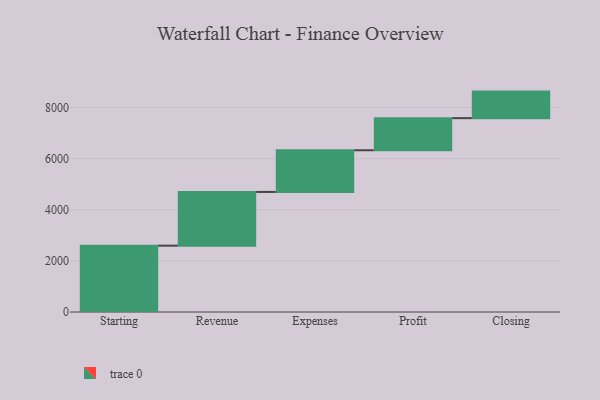
{"axis": {"x": "Step", "y": "Value"}, "legend": [""], "data": [{"x": "Starting", "y": 2596.0, "type": ""}, {"x": "Revenue", "y": 2102.0, "type": ""}, {"x": "Expenses", "y": 1631.0, "type": ""}, {"x": "Profit", "y": 1256.0, "type": ""}, {"x": "Closing", "y": 1039.0, "type": ""}]}